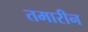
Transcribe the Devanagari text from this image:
तमारीन